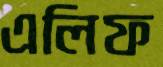
এলিফ